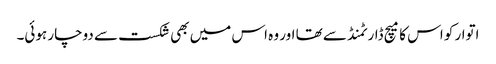
اتوار کو اس کا میچ ڈارٹمنڈ سے تھا اور وہ اس میں بھی شکست سے دوچار ہوئی۔